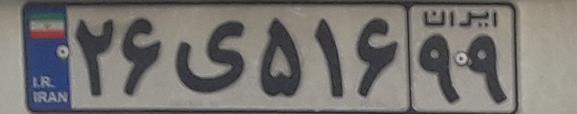
۲۶ی۵۱۶۹۹